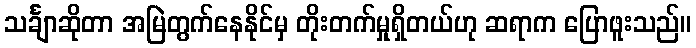
သင်္ချာဆိုတာ အမြဲတွက်နေနိုင်မှ တိုးတက်မှုရှိတယ်ဟု ဆရာက ပြောဖူးသည်။